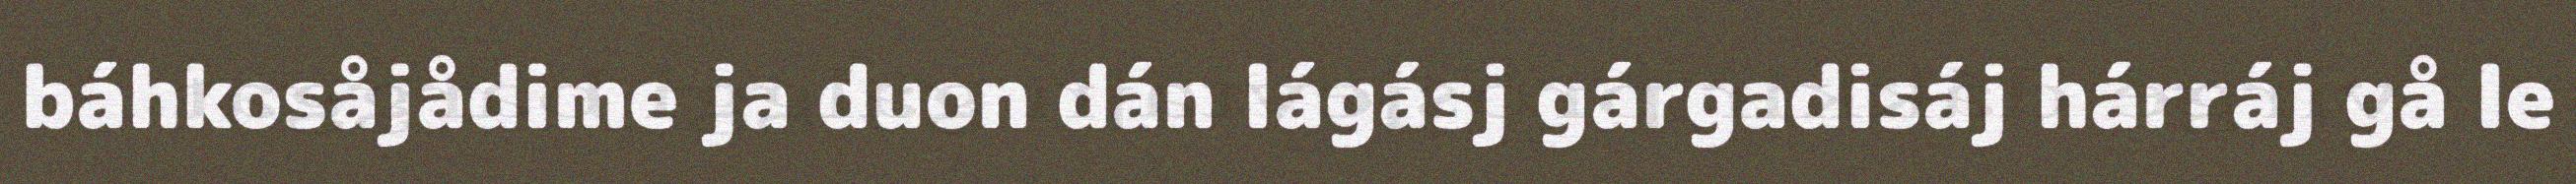
báhkosåjådime ja duon dán lágásj gárgadisáj hárráj gå le